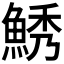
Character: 𱆯